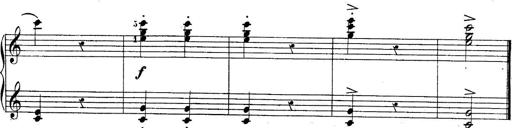
Title: 10 Sonatines progressives
Composer: Anton Schmoll